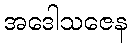
အဒေါသဇေန